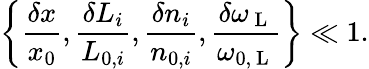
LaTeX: \left\{ \frac{\delta x}{x_{0}},\frac{\delta L_{i}}{L_{0,i}},\frac{\delta n_{i}}{n_{0,i}},\frac{\delta\omega_{\mathrm{~L~}}}{\omega_{0,\mathrm{~L~}}}\right\} \ll 1.